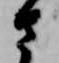
さ